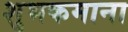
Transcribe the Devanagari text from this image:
शुभकमाना